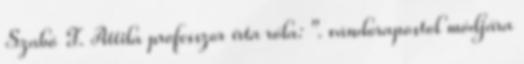
Szabó T. Attila professzor írta róla: ". vándorapostol módjára